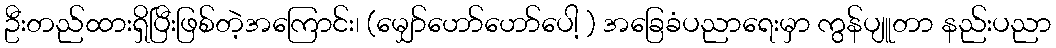
ဦးတည်ထားရှိပြီးဖြစ်တဲ့အကြောင်း၊ (မျှော်ဟော်ဟော်ပေါ့ ) အခြေခံပညာရေးမှာ ကွန်ပျူတာ နည်းပညာ